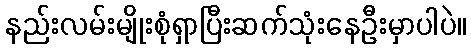
နည်းလမ်းမျိုးစုံရှာပြီးဆက်သုံးနေဦးမှာပါပဲ။